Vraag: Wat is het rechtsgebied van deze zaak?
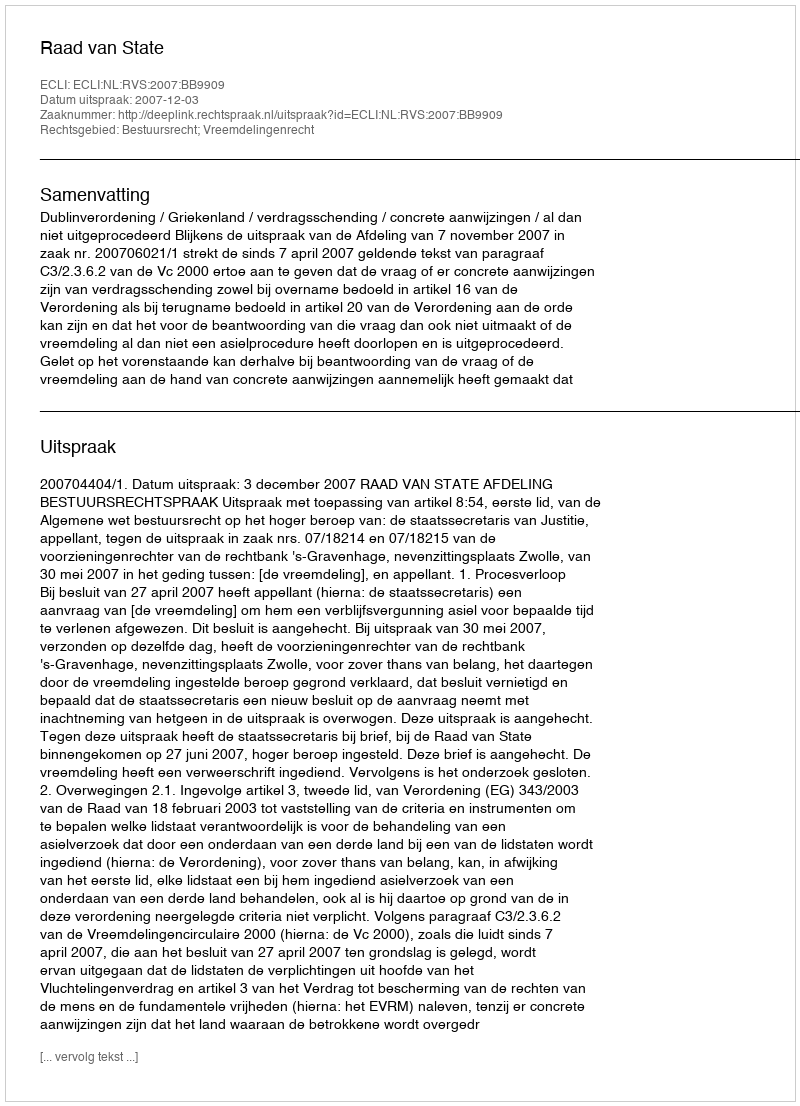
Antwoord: Bestuursrecht; Vreemdelingenrecht